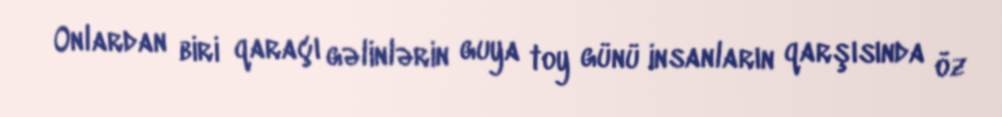
Onlardan biri qaraçı gəlinlərin guya toy günü insanların qarşısında öz